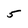
Character: 5